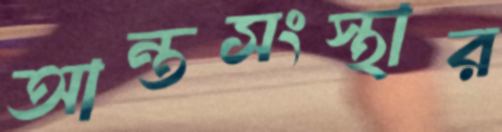
আন্তসংস্থার